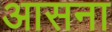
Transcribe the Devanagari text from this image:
आसना